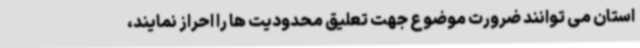
استان می توانند ضرورت موضوع جهت تعلیق محدودیت ها را احراز نمایند،